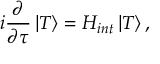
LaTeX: i \frac { \partial } { \partial \tau } \left| { \cal T } \right> = H _ { i n t } \left| { \cal T } \right> ,